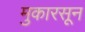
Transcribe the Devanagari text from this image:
मुकारसून